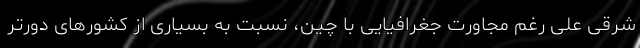
شرقی علی رغم مجاورت جغرافیایی با چین، نسبت به بسیاری از کشورهای دورتر